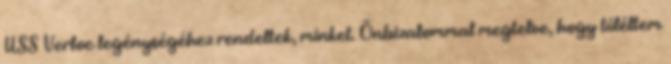
USS Verloc legénységéhez rendeltek, minket. Önbizalommal megtelve, hogy túléltem